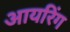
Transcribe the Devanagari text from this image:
आयरिंग